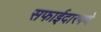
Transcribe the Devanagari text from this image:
सफाईदारपणे